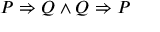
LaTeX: P \Rightarrow Q \land Q \Rightarrow P